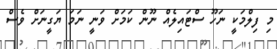
މި ފިލްމަކީ ނަހޫ ސްޓައިލެއް ނޫން ކަމަށް ވަނީ ނަމަ ޔަގީނަށް ވެސް